Report of the Indian Hemp Drugs Commission, 1894-1895 - Volume III
Year: 1894
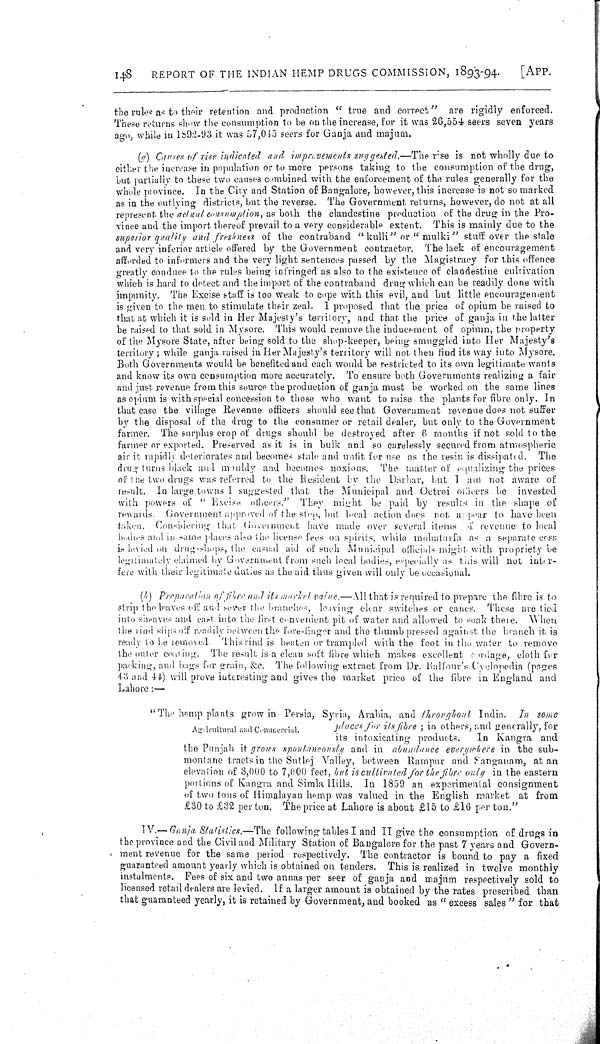
148
REPORT OF THE INDIAN HEMP DRUGS COMMISSION, 1893-94.
[APP.
the rules as to their retention and production " true and correct" are rigidly enforced.
These returns show the consumption to be on the increase, for it was 26,554 seers seven years
ago, while in 1892-93 it was 57,045 seers for Ganja and majum.
(g) Causes of rise indicated and improvements suggested.—The rise is not wholly due to
either the increase in population or to more persons taking to the consumption of the drug,
but partially to these two causes combined with the enforcement of the rules generally for the
whole province. In the City and Station of Bangalore, however, this increase is not so marked
as in the outlying districts, but the reverse. The Government returns, however, do not at all
represent the actual consumption, as both the clandestine production of the drug in the Pro-
vince and the import thereof prevail to a very considerable extent. This is mainly due to the
superior qualify and freshness of the contraband "kulli" or " mulki" stuff over the stale
and very inferior article offered by the Government contractor. The lack of encouragement
afforded to informers and the very light sentences passed by the Magistracy for this offence
greatly conduce to the rules being infringed as also to the existence of clandestine culrivation
which is hard to detect and the import of the contraband drug which can be readily done with
impunity. The Excise staff is too weak to cope with this evil, and but little encouragement
is given to the men to stimulate their zeal. 1 proposed that the price of opium be raised to
that at which it is sold in Her Majesty's territory, and that the price of ganja in the latter
be raised to that sold in Mysore. This would remove the inducement of opium, the property
of the Mysore State, after being sold to the shop-keeper, being smuggled into Her Majesty's
territory; while ganja raised in Her Majesty's territory will not then find its way into Mysore.
Both Governments would be benefited and each would be restricted to its own legitimate wants,
and know its own consumption more accurately. To ensure both Governments realizing a fair
and just revenue from this source the production of ganja must be worked on the same lines
as opium is with special concession to those who want to raise the plants for fibre only. In
that case the village Revenue officers should see that Government revenue does not suffer
by the disposal of the drug to the consumer or retail dealer, but only to the Government
farmer. The surplus crop of drugs should be destroyed after 6 months if not sold to the
farmer or exported. Preserved as it is in bulk and so carelessly secured from atmospheric
air it rapidly deteriorates and becomes stale and unfit for use as the resin is dissipated. The
drug turns black and mouldy and becomes noxions. The matter of equalizing the prices
of I the two drugs was referred to the Resident by the Durbar, but I am not aware of
result. In large towns I suggested that the Municipal and Octroi owners be invested
with powers of "Excise othcers." They might be paid by results in the shape of
rewards. Government approved of the step, but local action does not appear to have been
taken. Considering that Government have made over several items of revenue to local
bodies and in some places also the license fees on spirits, while mohatarfa as a separate cess
is levied on drug-shops, the casual aid of such Municipal officials might, with propriety be
legitimately claimed by Government from such local bodies, especially as this will not inter-
ferc with their legitimate duties as the aid thus given will only be occasional.
(h) Preparation of fiber and its market value.—All that is required to prepare the fibre is to
strip the leaves off and sever the branches, leaving clear switches or canes. These are tied
into sheaves and cast, into the first convenient pit of water and allowed to soak there. When
the rind slips off readily between the fore-linger and the thumb pressed against the branch it is
ready to be removed. This rind is beaten or trampled with the foot in the water to remove
the outer coming. The result is a clean soft fibre which makes excellent cordage, cloth for
packing, and bags for grain, &c. The following extract from Dr. Balfour's Cyelopodia (pages
43 and 44) will prove iutcresting and gives the market price of the fibre in England and
Lahore:—
Agricultural and Commercial.
"The hemp plants grow in Persia, Syria, Arabia, and throughout
India. In some
places for its fibre; in others, and generally, for
its intoxicating products.
In Kangra and
the Punjab it grows spontaneously and in abundance everywhere in the sub-
montane tracts in the Sutlej Valley, between Rampur and Sanganam, at an
elevation of 3,000 to 7,000 feet, hut is cultivated for the fibre only in the eastern
portions of Kangra and Simla Hills. In 1859 an experimental consignment
of two tons of Himalayan hemp was valued in the English market at from
£30 to £32 perton. The price at Lahore is about £15 to £16 per ton."
IV.—Ganja Statistics.—The
following tables I and II give the consumption of drugs in
the province and the Civil and Military Station of Bangalore for the past 7 years and Govern-
ment revenue for the same period respectively. The contractor is bound to pay a fixed
guaranteed amount yearly which is obtained on tenders. This is realized in twelve monthly
instalments. Fees of six and two annas per seer of ganja and majum respectively sold to
licensed retail dealers are levied. If a larger amount is obtained by the rates prescribed than
that guaranteed yearly, it is retained by Government, and booked as "excess sales" for that